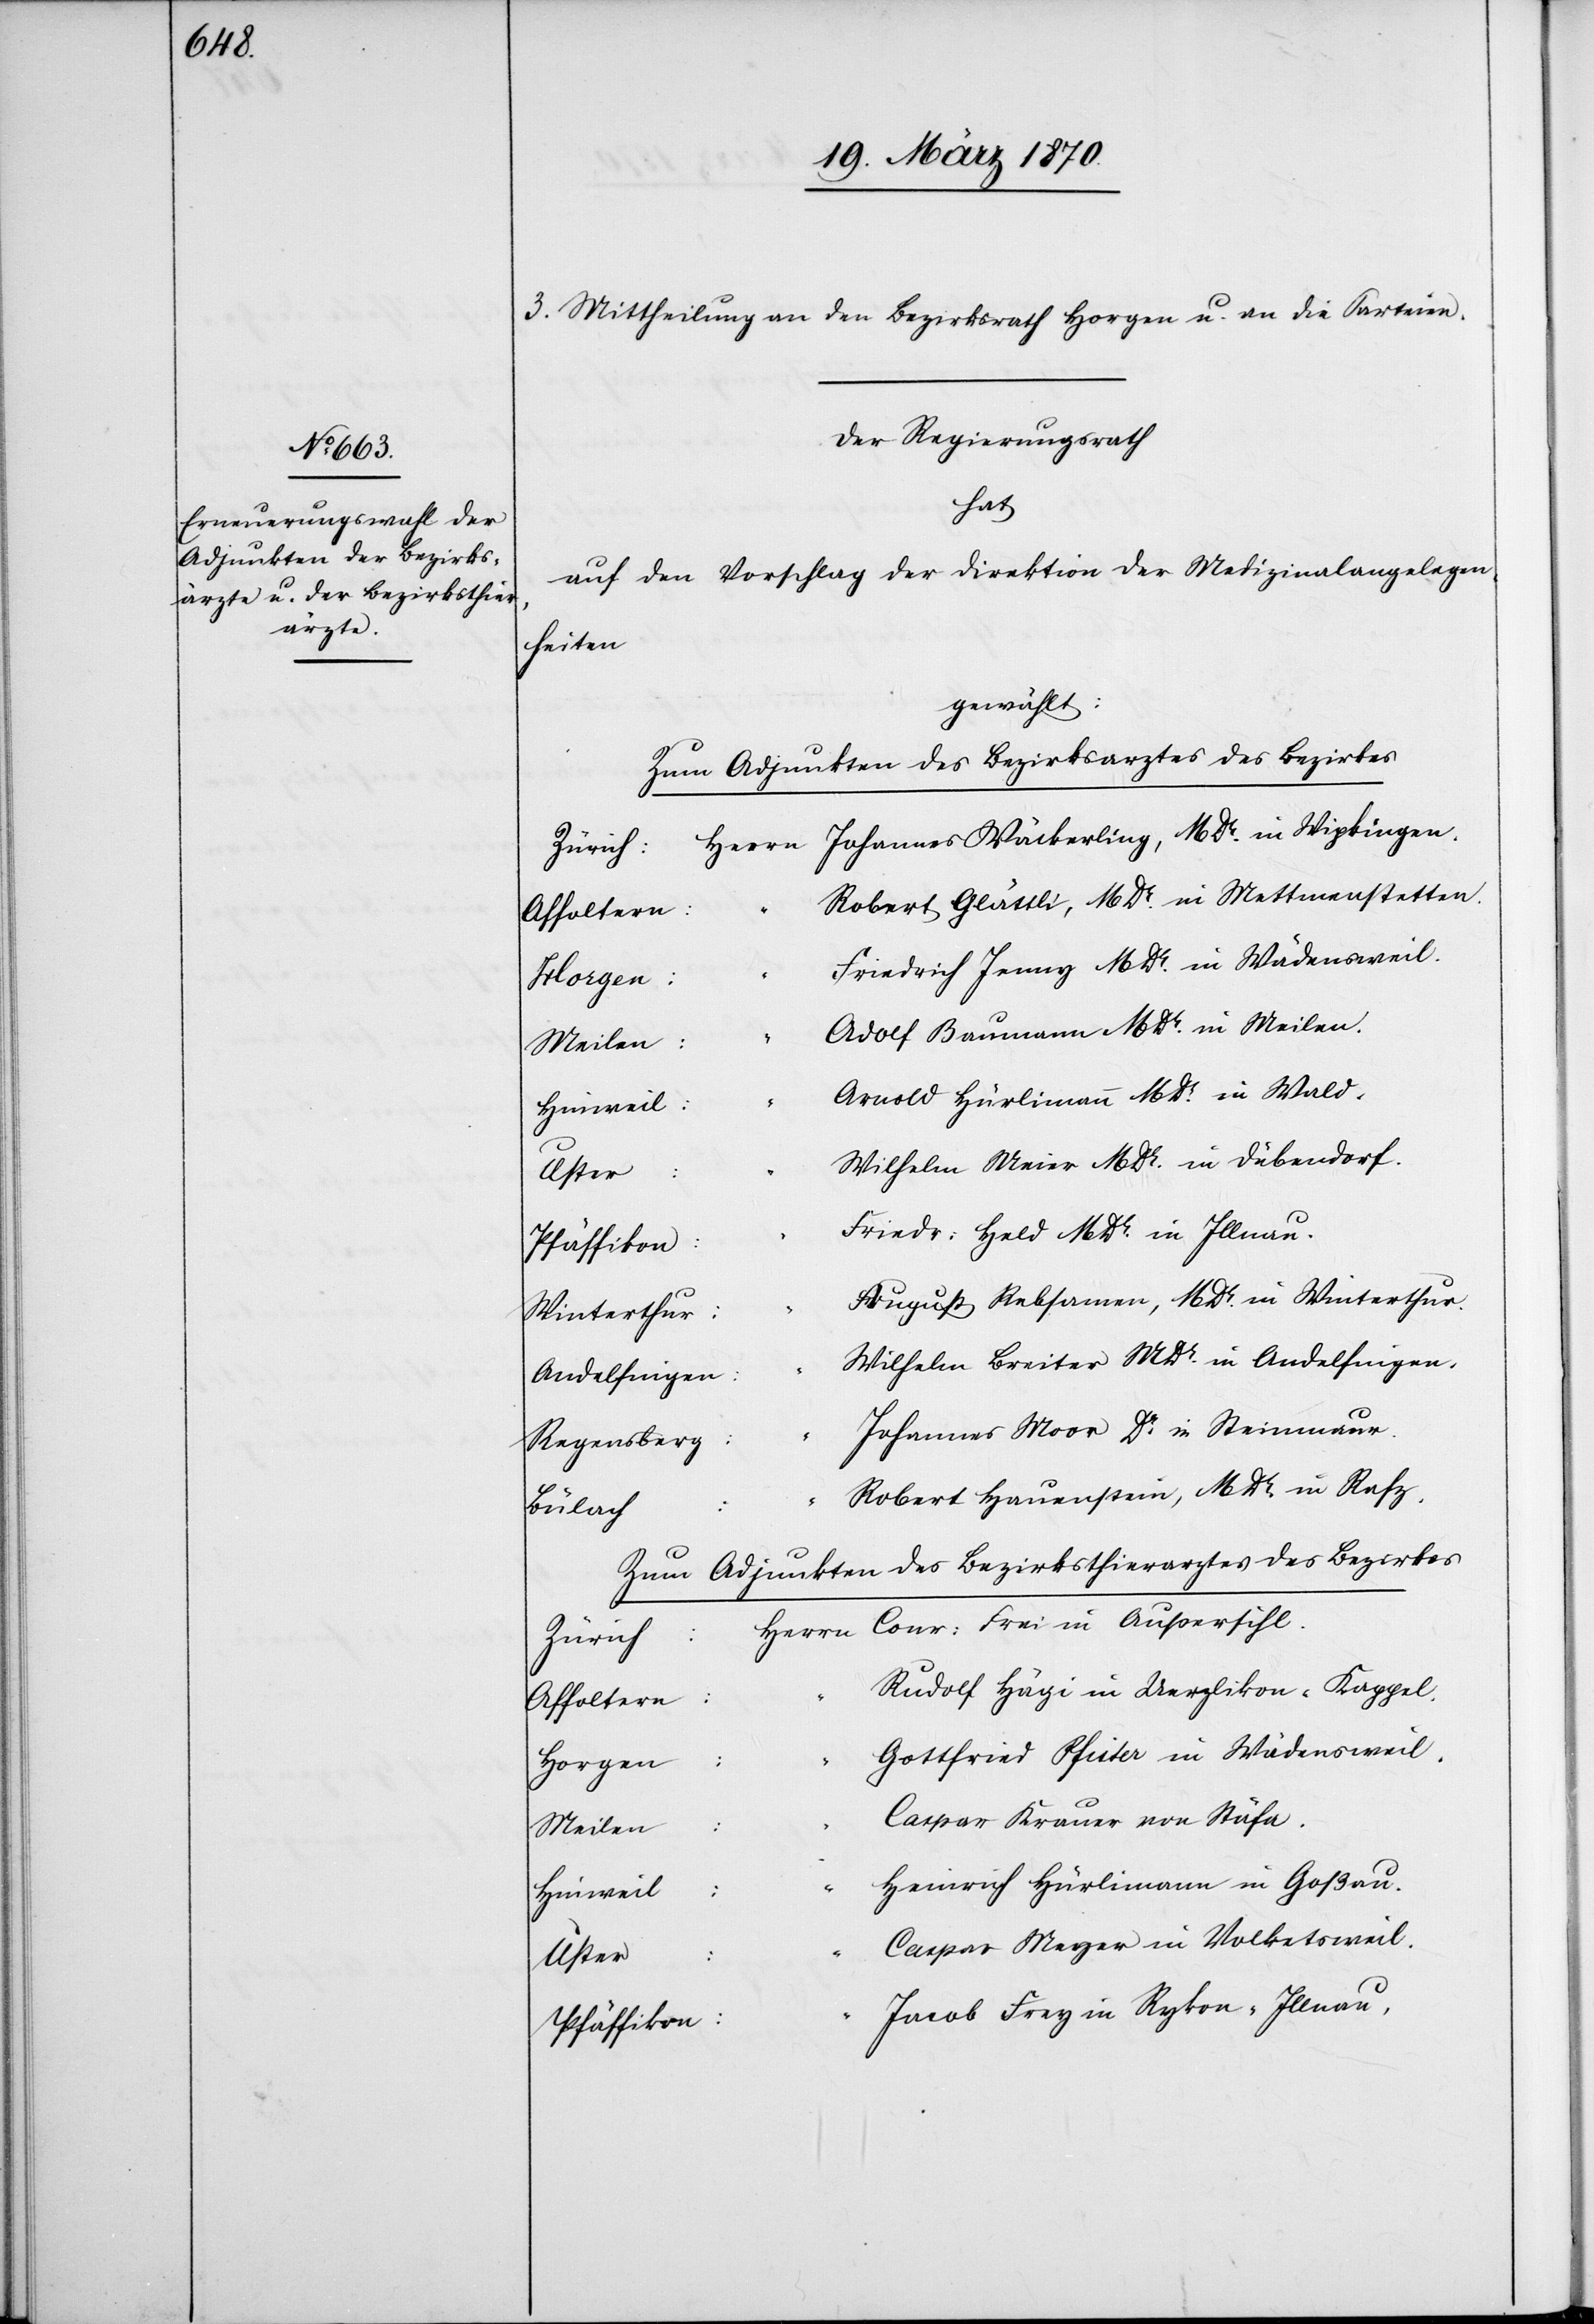
3. Mittheilung an den Bezirksrath Horgen u. an die Parteien.
Der Regierungsrath
hat
auf den Vorschlag der Direktion der Medizinalangelegen¬
heiten
gewählt:
Zum Adjunkten des Bezirksarztes des Bezirkes
Zürich:
Robert Glättli, M Dr. in Mettmenstetten.
Friedrich Jenny M Dr. in Wädensweil.
Adolf Baumann M Dr. in Meilen.
Meilen:
Arnold Hürlimann M Dr. in Wald.
Hinweil:
Wilhelm Meier M Dr. in Dübendorf.
Friedr: Held M Dr. in Illnau.
August Rebsamen, M Dr. in Winterthur.
Winterthur:
Wilhelm Breiter M Dr. in Andelfingen.
Andelfingen:
Johannes Moor Dr. in Steinmaur.
Regensberg:
Robert Hauenstein, M Dr. in Rafz.
Bülach:
Zum Adjunkten des Bezirksthierarztes des Bezirkes
Rudolf Hägi in Uerzlikon-Kappel.
Affoltern:
Gottfried Pfister in Wädensweil.
Horgen:
Caspar Krauer in Stäfa.
Heinrich Hürlimann in Goßau.
Dr.
Caspar Meyer in Volketsweil.
Uster:
Jacob Frey in Rykon-Illnau.
Pfäffikon: